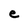
Character: e